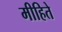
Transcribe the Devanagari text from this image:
मीहिते